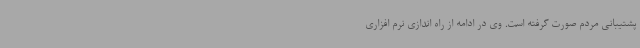
پشتیبانی مردم صورت گرفته است. وی در ادامه از راه اندازی نرم افزاری